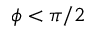
\phi < \pi / 2